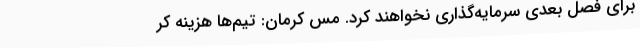
برای فصل بعدی سرمایه‌گذاری نخواهند کرد. مس کرمان: تیم‌ها هزینه کر